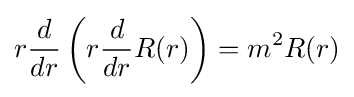
r{\frac {d}{dr}}\left(r{\frac {d}{dr}}R(r)\right)=m^{2}R(r)